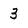
Character: 3